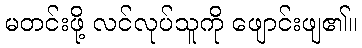
မတင်းဖို့ လင်လုပ်သူကို ဖျောင်းဖျ၏။